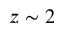
z \sim 2